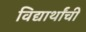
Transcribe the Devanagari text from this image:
विद्यार्थांची